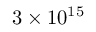
3 \times 1 0 ^ { 1 5 }